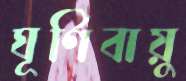
ঘূর্ণিবায়ু